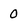
Character: 0